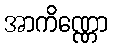
အာကိဏ္ဏော